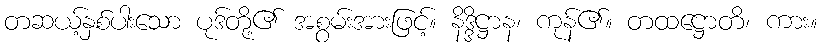
တဆယ့်နှစ်ပါးသော ပုဒ်တို့၏ အစွမ်းအားဖြင့်။ နိဒ္ဒိဋ္ဌာန၊ ကုန်၏။ တထဋ္ဌောတိ၊ ကား။